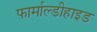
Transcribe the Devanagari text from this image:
फार्माल्डीहाइड